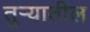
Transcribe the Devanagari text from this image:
तुर्‍यातील